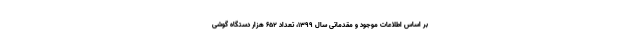
بر اساس اطلاعات موجود و مقدماتی سال 1399، تعداد 652 هزار دستگاه گوشی